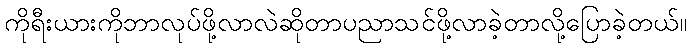
ကိုရီးယားကိုဘာလုပ်ဖို့လာလဲဆိုတာပညာသင်ဖို့လာခဲ့တာလို့ပြောခဲ့တယ်။